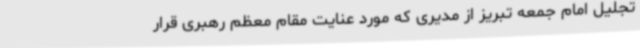
تجلیل امام جمعه تبریز از مدیری که مورد عنایت مقام معظم رهبری قرار